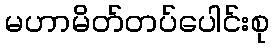
မဟာမိတ်တပ်ပေါင်းစု